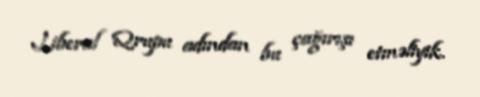
Liberal Qrupu adından bu çağırışı etməliyik.